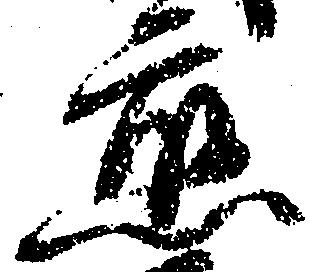
応